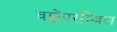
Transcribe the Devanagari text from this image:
वट्टोंपरम्बिल